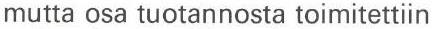
mutta osa tuotannosta toimitettiin